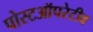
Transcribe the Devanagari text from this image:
पोस्टऑपरेटीव